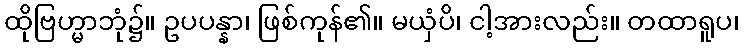
ထိုဗြဟ္မာဘုံ၌။ ဥပပန္နာ၊ ဖြစ်ကုန်၏။ မယှံပိ၊ ငါ့အားလည်း။ တထာရူပ၊